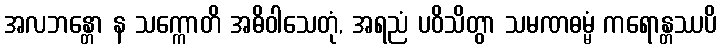
အလဘန္တော န သက္ကောတိ အဓိဝါသေတုံ, အရညံ ပဝိသိတွာ သမဏဓမ္မံ ကရောန္တဿပိ